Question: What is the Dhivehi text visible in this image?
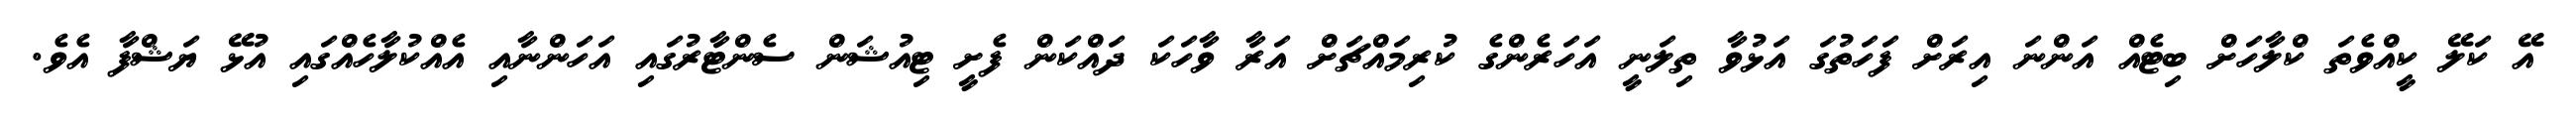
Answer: އޭ ކަލޭ ކީއްވެތަ ކްލާހަށް ބިޓެއް އަންނަ އިރަށް ފަހަތުގަ އަޅުވާ ތިލަނީ އަހަރެންގެ ކުރިމައްޗަށް އަރާ ވާހަކަ ދައްކަން ފެށީ ޓިއުޝަން ސެންޓާރުގައި އަހަންނާއި އެއްކުލާހެއްގައި އުޅޭ ޔަޝްފާ އެވެ.